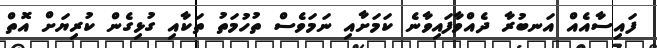
ފައިސާއެއް އަނބުރާ ދެއްވާފައިވާނެ ކަމަށާއި ނަމަވެސް ތުހުމަތު ތަކާއި ގުޅިގެން ކުރިޔަށް އޮތް